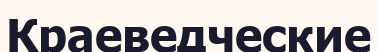
Краеведческие